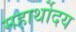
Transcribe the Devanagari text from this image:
महार्थोदय